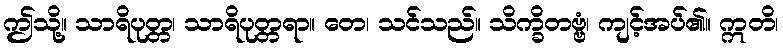
ဤသို့။ သာရိပုတ္တ၊ သာရိပုတ္တရာ။ တေ၊ သင်သည်။ သိက္ခိတဗ္ဗံ၊ ကျင့်အပ်၏။ ဣတိ၊